Vaccination in Burma 1889-1999 - 1889-1999
Year: 1889
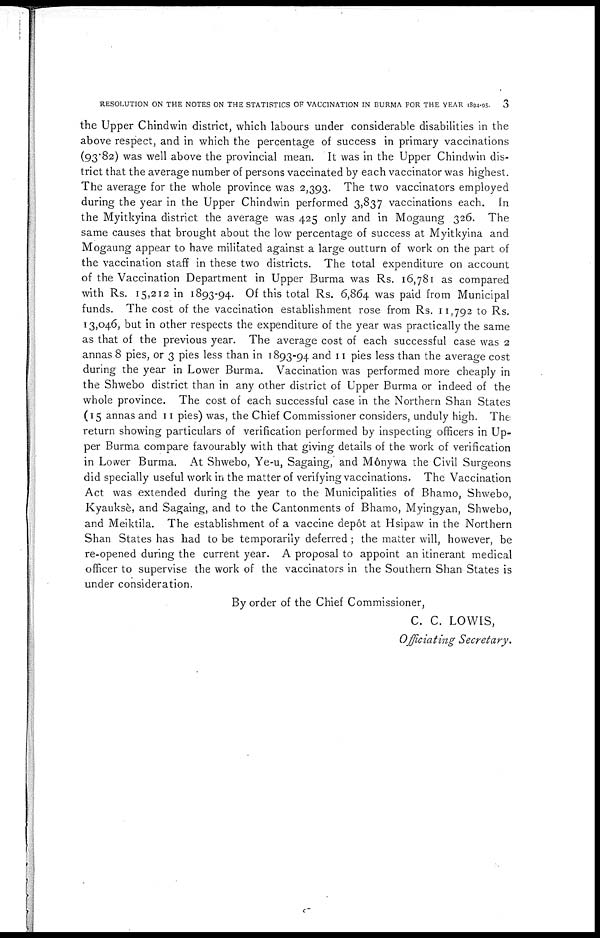
RESOLUTION ON THE NOTES ON THE STATISTICS OF VACCINATION IN BURMA FOR THE YEAR 1894-95.
3
the Upper Chindwin district, which labours under considerable disabilities in the
above respect, and in which the percentage of success in primary vaccinations
(93.82) was well above the provincial mean. It was in the Upper Chindwin dis-
trict that the average number of persons vaccinated by each vaccinator was highest.
The average for the whole province was 2,393. The two vaccinators employed
during the year in the Upper Chindwin performed 3,837 vaccinations each. In
the Myitkyina district the average was 425 only and in Mogaung 326. The
same causes that brought about the low percentage of success at Myitkyina and
Mogaung appear to have militated against a large outturn of work on the part of
the vaccination staff in these two districts. The total expenditure on account
of the Vaccination Department in Upper Burma was Rs. 16,781 as compared
with Rs. 15,212 in 1893-94. Of this total Rs. 6,864 was paid from Municipal
funds. The cost of the vaccination establishment rose from Rs. 11,792 to Rs.
13,046, but in other respects the expenditure of the year was practically the same
as that of the previous year. The average cost of each successful case was 2
annas 8 pies, or 3 pies less than in 1893-94 and 11 pies less than the average cost
during the year in Lower Burma. Vaccination was performed more cheaply in
the Shwebo district than in any other district of Upper Burma or indeed of the
whole province. The cost of each successful case in the Northern Shan States
(15 annas and 11 pies) was, the Chief Commissioner considers, unduly high. The
return showing particulars of verification performed by inspecting officers in Up-
per Burma compare favourably with that giving details of the work of verification
in Lower Burma. At Shwebo, Ye-u, Sagaing, and Mônywa the Civil Surgeons
did specially useful work in the matter of verifying vaccinations. The Vaccination
Act was extended during the year to the Municipalities of Bhamo, Shwebo,
Kyauksè, and Sagaing, and to the Cantonments of Bhamo, Myingyan, Shwebo,
and Meiktila. The establishment of a vaccine depôt at Hsipaw in the Northern
Shan States has had to be temporarily deferred ; the matter will, however, be
re-opened during the current year. A proposal to appoint an itinerant medical
officer to supervise the work of the vaccinators in the Southern Shan States is
under consideration.
By order of the Chief Commissioner,
C. C. LOWIS,
Officiating Secretary.